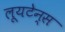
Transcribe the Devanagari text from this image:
लूयटेन्स